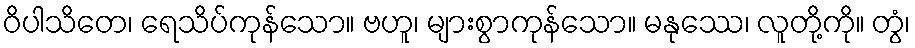
ဝိပါသိတေ၊ ရေသိပ်ကုန်သော။ ဗဟူ၊ များစွာကုန်သော။ မနုဿေ၊ လူတို့ကို။ တွံ၊